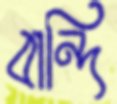
বান্দি